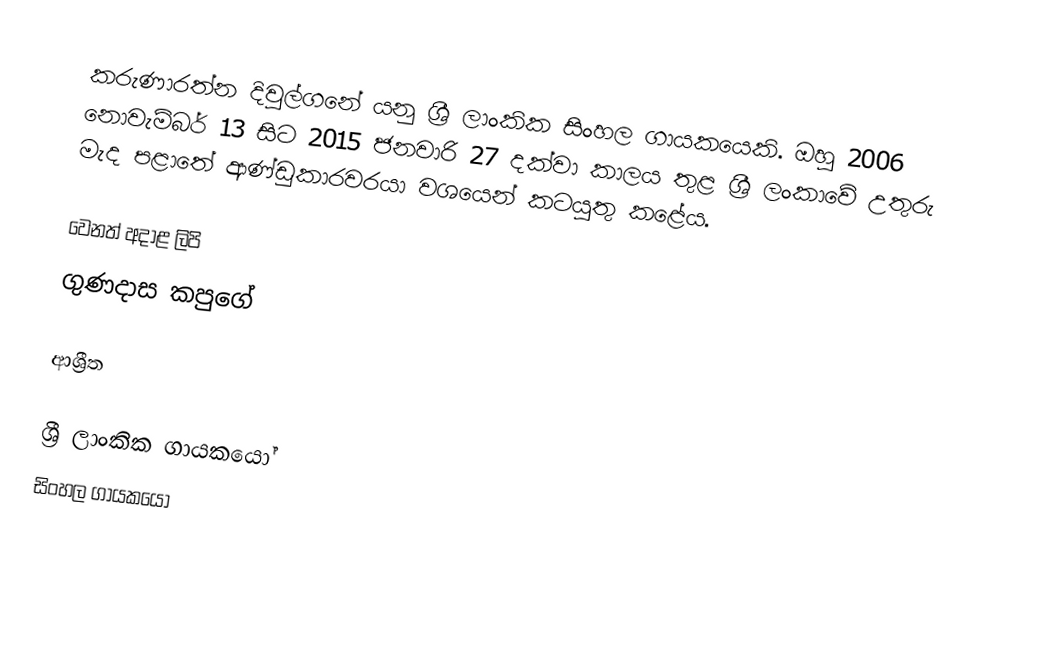
කරුණාරත්න දිවුල්ගනේ යනු ශ්‍රී ලාංකික සිංහල ගායකයෙකි. ඔහු 2006 නොවැම්බර් 13 සිට 2015 ජනවාරි 27 දක්වා කාලය තුළ  ශ්‍රී ලංකාවේ උතුරු මැද පළාතේ   ආණ්ඩුකාරවරයා වශයෙන් කටයුතු කළේය.

වෙනත් අදාළ ලිපි
 ගුණදාස කපුගේ

ආශ්‍රීත

ශ්‍රී ලාංකික ගායකයෝ
සිංහල ගායකයෝ